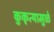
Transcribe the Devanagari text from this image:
कुकृत्यामुळे